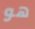
هو